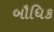
બૌધિક